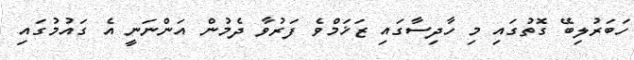
ހަބަރުލިބޭ ގޮތުގައި މި ހާދިސާގައި ޒަޚަމްވެ ފަރުވާ ދެމުން އަންނަނީ އެ ގައުމުގައި